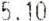
5.10